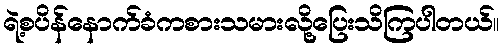
ရဲ့စပိန်နောက်ခံကစားသမားလို့ပြေးသိကြပါတယ်။